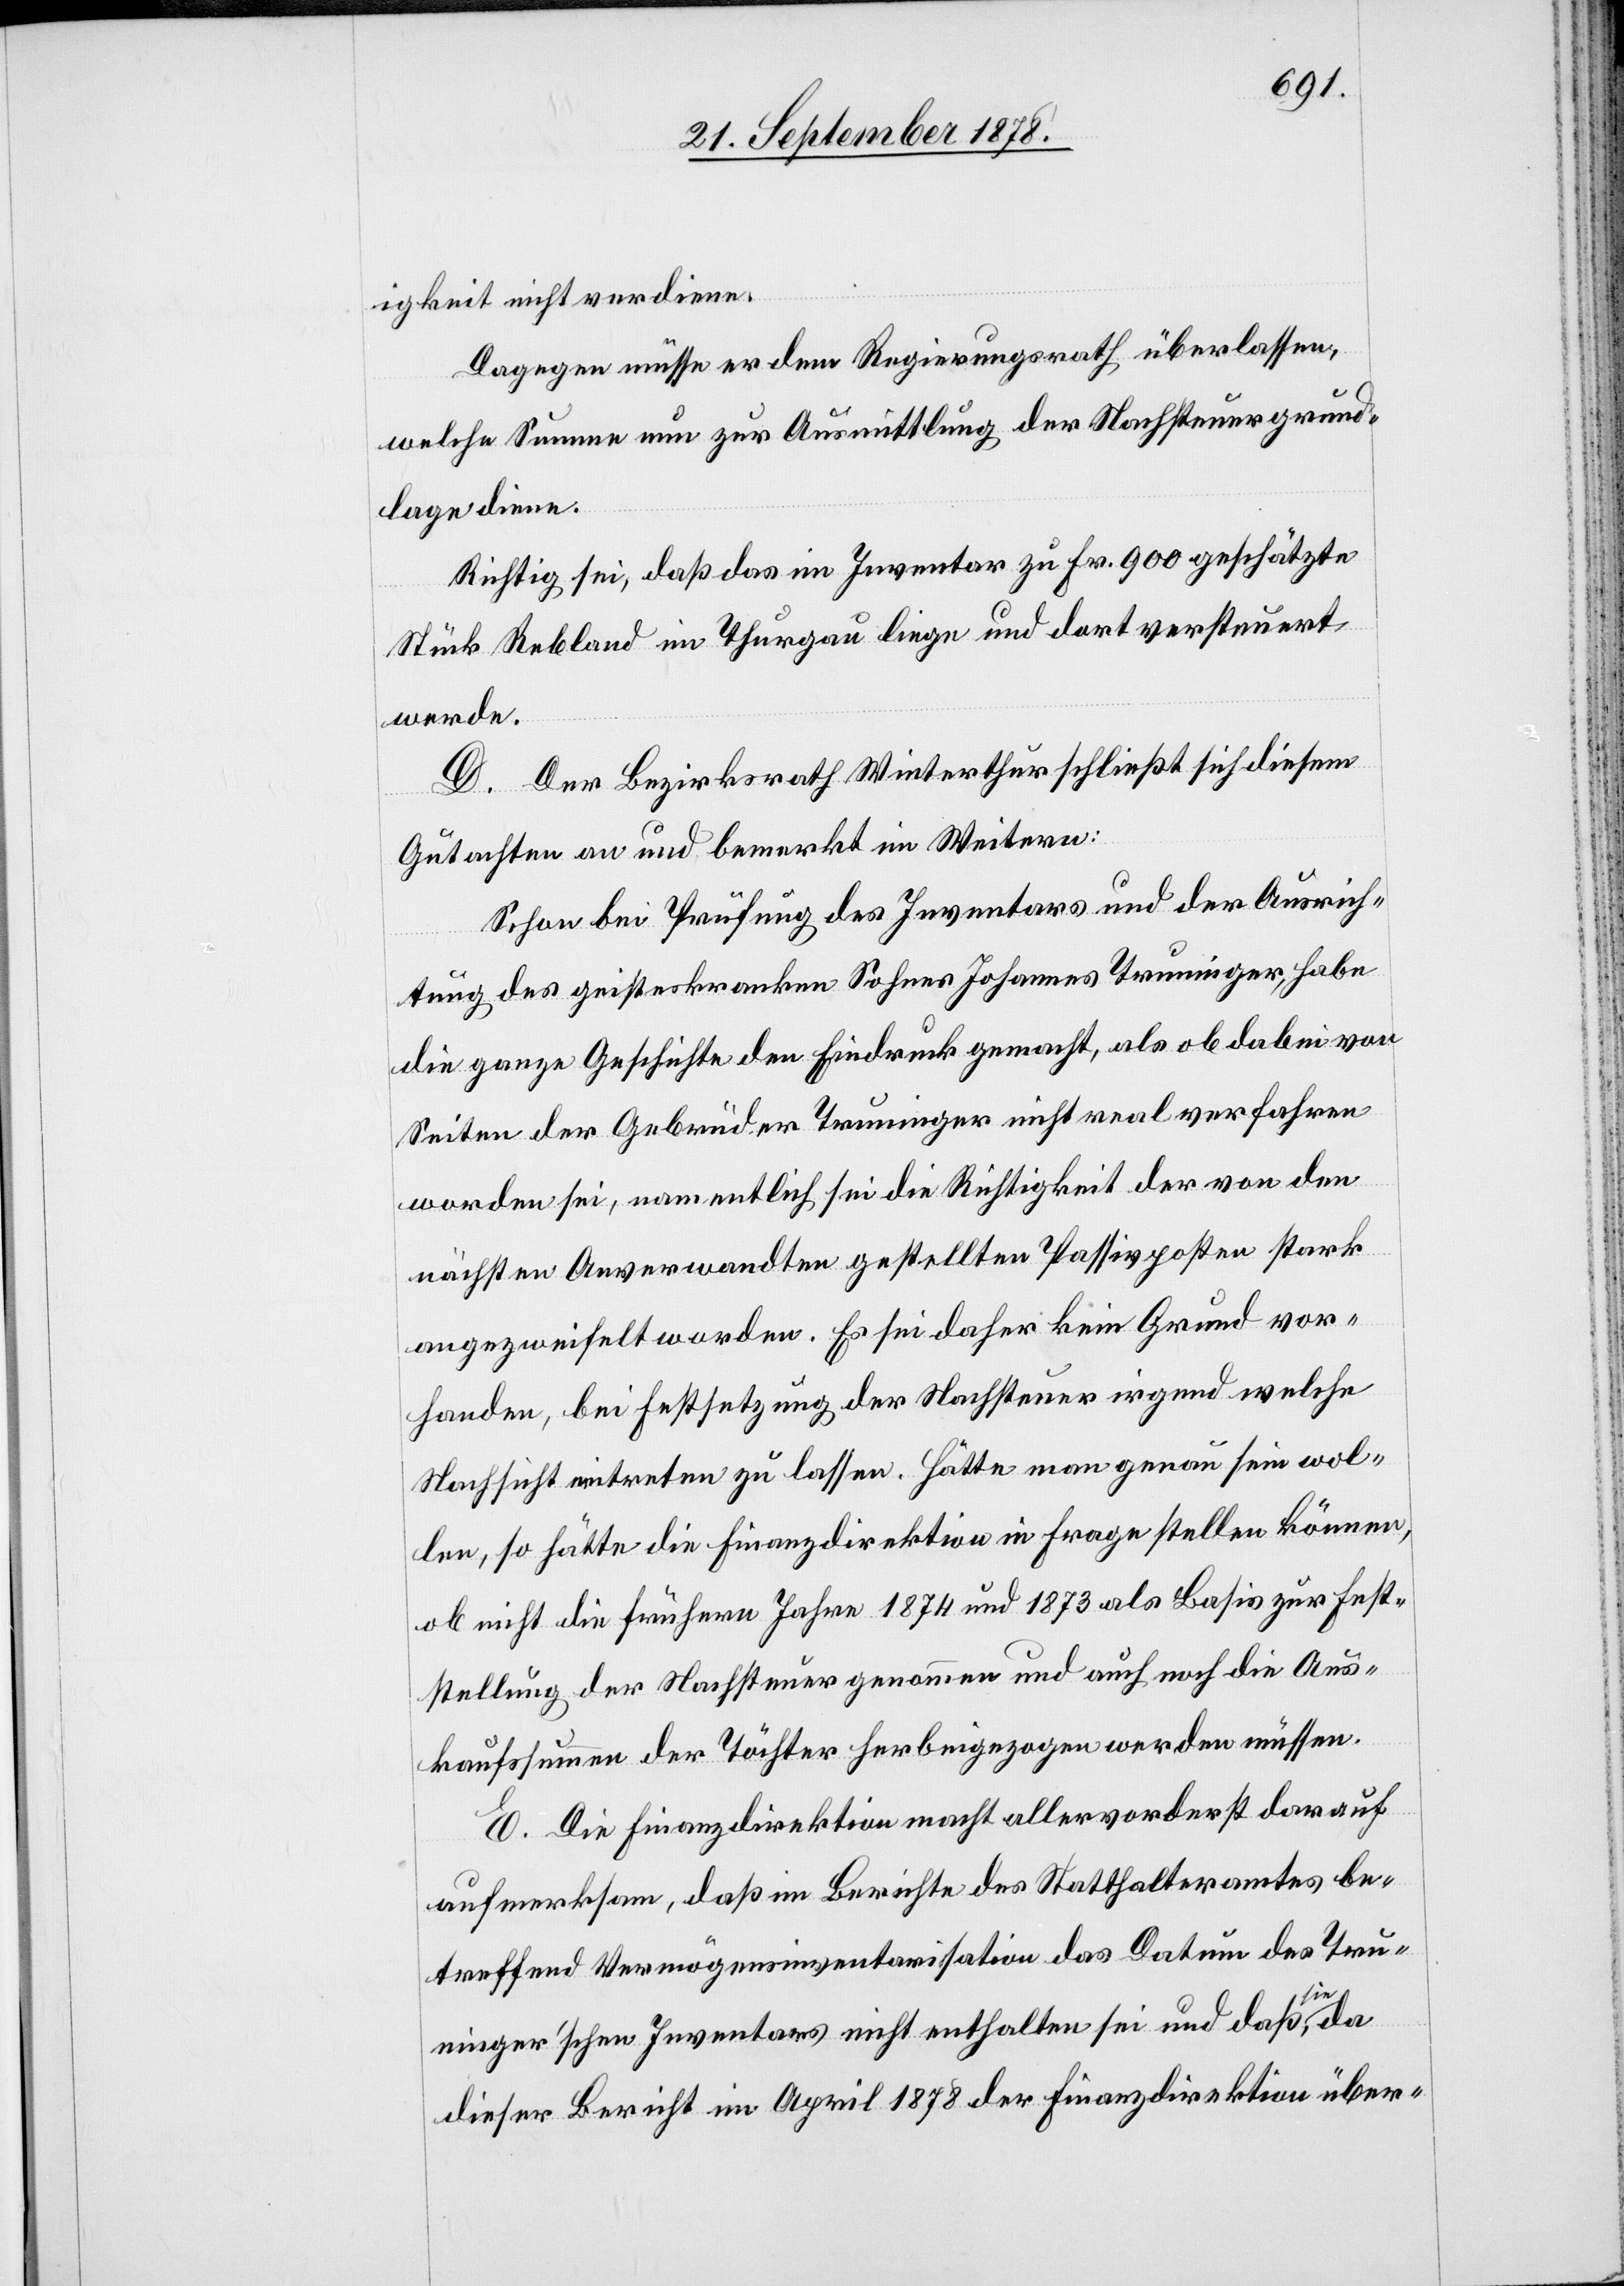
igkeit nicht verdiene.
Dagegen müsse er dem Regierungsrath überlassen,
welche Summe nun zur Ausmittlung der Nachsteuergrund¬
lage diene.
Richtig sei, daß das im Inventar zu Fr. 900 geschätzte
Stücke Rebland im Thurgau liege und dort versteuert
werde.
Der Bezirksrath Winterthur schließt sich diesem
Gutachten an und bemerkt im Weitern:
Schon bei Prüfung des Inventars und der Ausrich¬
tung des geisteskranken Sohnes Johannes Trunninger, habe
die ganze Geschichte den Eindruck gemacht, als ob dabei von
Seiten der Gebrüder Truninger nicht real verfahren
worden sei, namentlich sei die Richtigkeit der von den
nächsten Anverwandten gestellte Passivposten stark
angezweifelt worden. Es sei daher kein Grund vor¬
handen, bei Festsetzung der Nachsteuer irgend welche
Nachsicht eintreten zu lassen. Hätte man genau sein wol¬
len, so hätte die Finanzdirektion in Frage stellen können,
ob nicht die frühern Jahre 1874 und 1873 als Basis zur Fest¬
stellung der Nachsteuer genommen und auch noch die Aus¬
kaufssumme der Töchter herbeigezogen werden müssen.
E. Die Finanzdirektion macht allervorderst darauf
aufmerksam, daß im Berichte des Statthalteramtes be¬
treffend Vermögensinventarisation das Datum des Trun¬
inger’schen Inventars nicht enthalten sei und daß sie,
dieser Bericht im April 1878 der Finanzdirektion über-